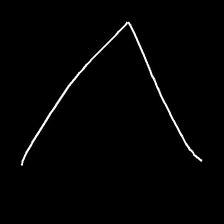
Glyph: region